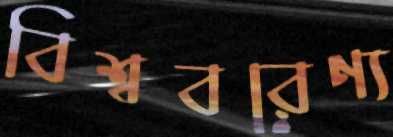
বিশ্ববরেণ্য